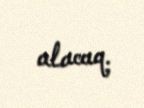
alacaq.